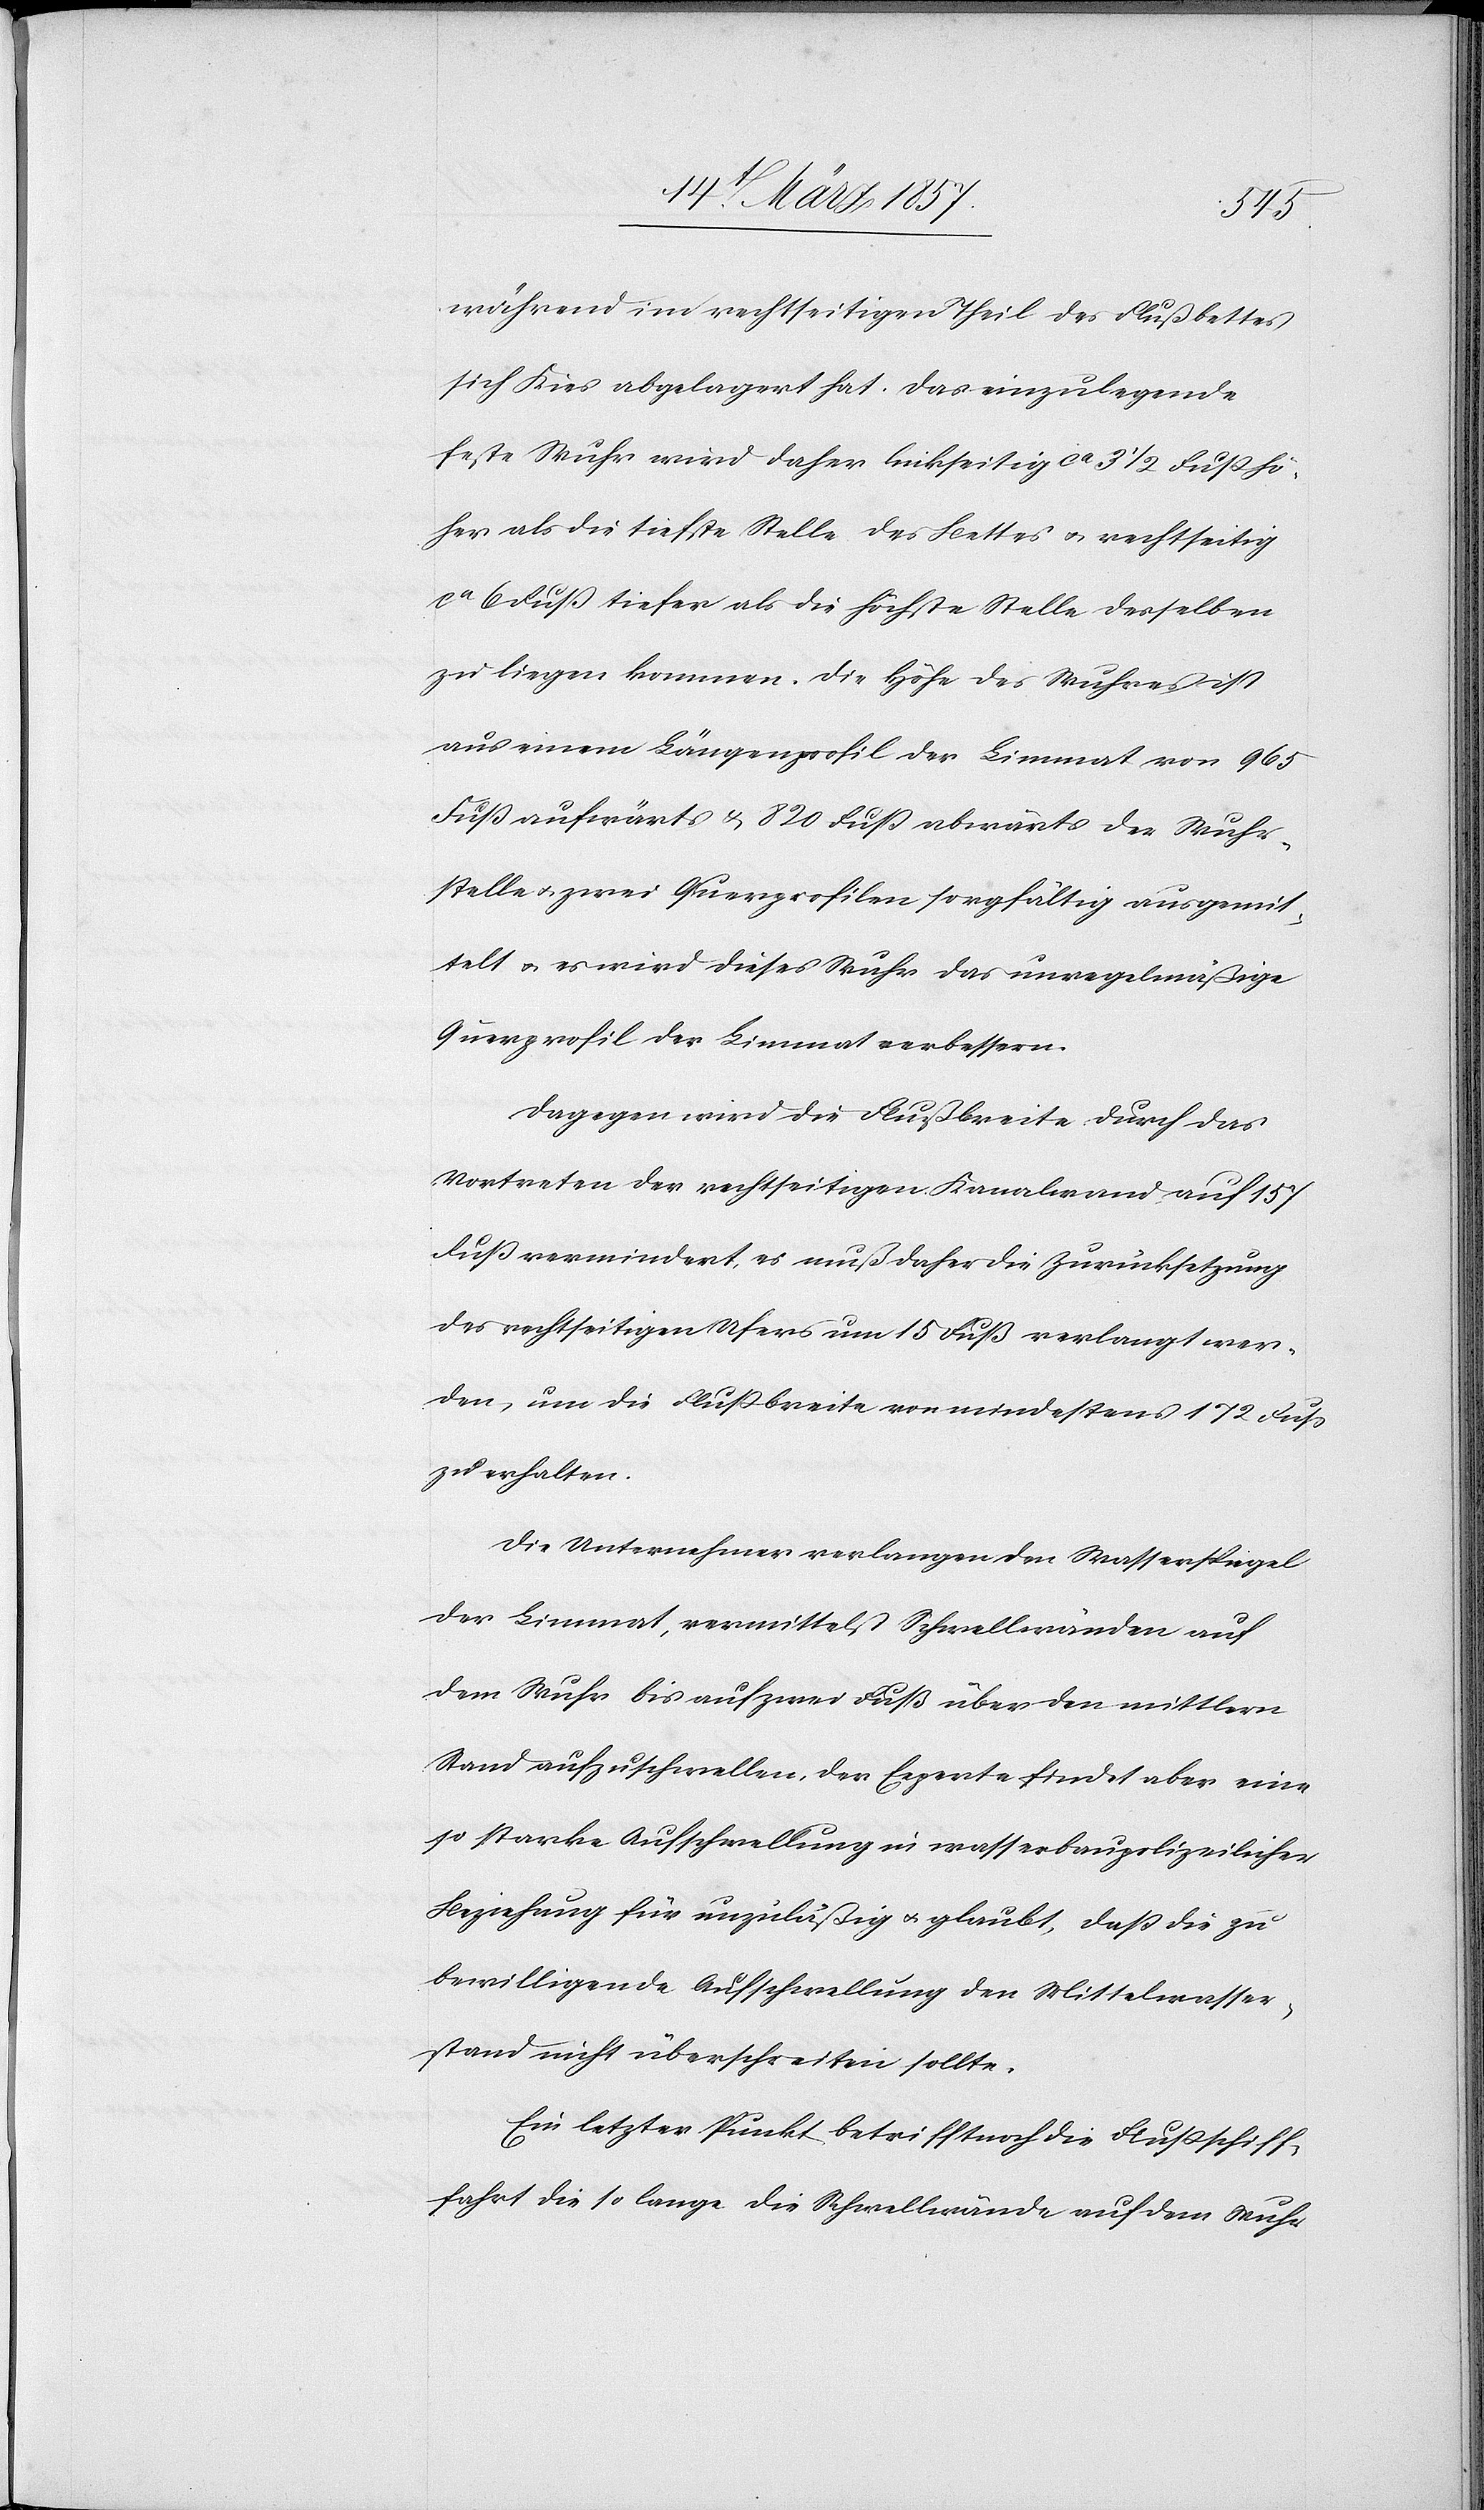
während im rechtseitigen Theil des Flußbettes
sich Kies abgelagert hat. Das einzulegende
feste Wuhr wird daher linkseitig ca 3 ½ Fuß hö¬
her als die tiefste Stelle des Bettes u. rechtseitig
ca 6 Fuß tiefer als die höchste Stelle desselben
zu liegen kommen. Die Höhe des Wuhres ist
aus einem Längenprofil der Limmat von 9,65
Fuß aufwärts u. 820 Fuß abwärts der Wuhr¬
stelle u. zwei Querprofilen sorgfältig ausgemit¬
telt u. es wird dieses Wuhr das unregelmäßige
Querprofil der Limmat verbessern.
Dagegen wird die Flußbreite durch das
Vortreten der rechtseitigen Kanalwand auf 157
Fuß vermindert, es muß daher die Zurücksetzung
des rechtseitigen Ufers um 15 Fuß verlangt wer¬
den, um die Flußbreite von mindestens 172 Fuß
zu erhalten.
Die Unternehmer verlangen den Wasserspiegel
der Limmat, vermittelst Schwellwänden auf
dem Wuhr bis auf zwei Fuß über den mittlern
Stand aufzuschwellen, der Experte findet aber eine
so starke Aufschwellung in wasserbaupolizeilicher
Beziehung für unzuläßig u. glaubt, daß die zu
bewilligende Aufschwellung den Mittelwasser¬
stand nicht überschreiten sollte.
Ein letzter Punkt betrifft noch die Flußschiff¬
fahrt die so lange die Schwellwände auf dem Wuhr